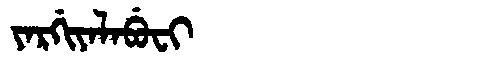
Manchu: ᠶᠠᡵᡤᡳᠶᠠᠯᠠᠪᡠᠸᡳ
Romanization: YARGIYALABUFI